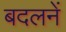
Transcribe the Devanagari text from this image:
बदलनें